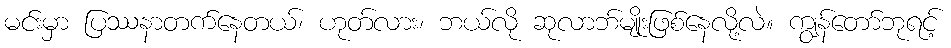
မင်းမှာ ပြဿနာတက်နေတယ်၊ ဟုတ်လား၊ ဘယ်လို ဆုလာဘ်မျိုးဖြစ်နေလို့လဲ။ ကျွန်တော်ဘုရင့်